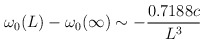
\begin{align*}\omega_0 (L) - \omega_0 (\infty ) \sim - {0.7188 c\over L^3}\end{align*}